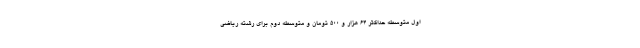
اول متوسطه حداکثر ۶۴ هزار و ۵۰۰ تومان و متوسطه دوم برای رشته ریاضی